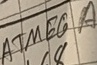
Text: ATMEGA